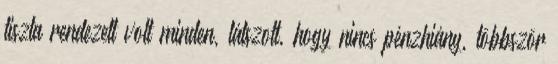
tiszta rendezett volt minden, látszott, hogy nincs pénzhiány, többször